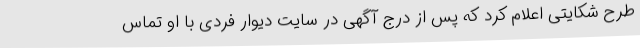
طرح شکایتی اعلام کرد که پس از درج آگهی در سایت دیوار فردی با او تماس